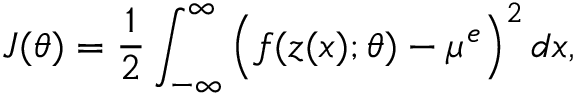
J ( \theta ) = \frac { 1 } { 2 } \int _ { - \infty } ^ { \infty } \Big ( f ( z ( x ) ; \theta ) - \mu ^ { e } \Big ) ^ { 2 } \, d x ,